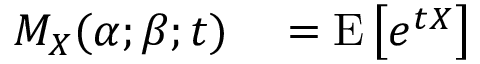
\begin{array} { r l } { M _ { X } ( \alpha ; \beta ; t ) } & { { } = \operatorname { E } \left[ e ^ { t X } \right] } \end{array}